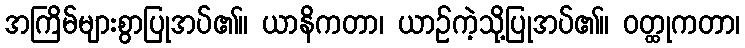
အကြိမ်များစွာပြုအပ်၏။ ယာနိကတာ၊ ယာဉ်ကဲ့သို့ပြုအပ်၏။ ဝတ္ထုကတာ၊